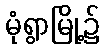
မုံရွာမြို့၌